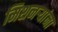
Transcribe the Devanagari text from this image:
मिशनऱ्यांना